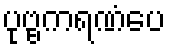
ပုဗ္ဗကရဏံပေ